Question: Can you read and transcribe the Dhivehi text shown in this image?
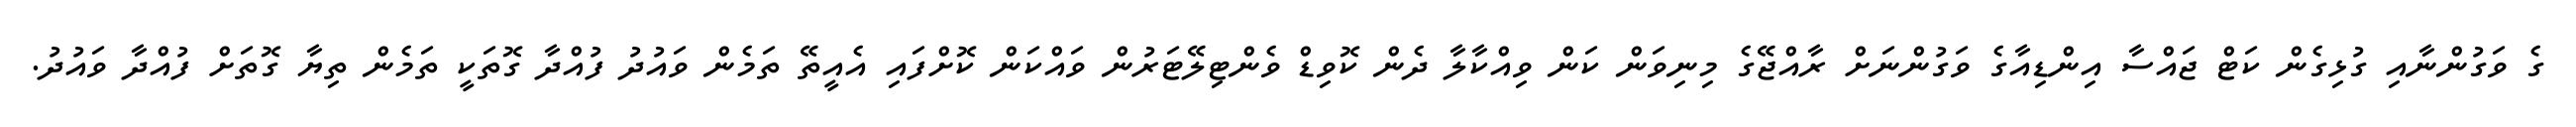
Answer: ގެ ވަގުންނާއި ގުޅިގެން ކަޓް ޖައްސާ އިންޑިއާގެ ވަގުންނަށް ރާއްޖޭގެ މިނިވަން ކަން ވިއްކާލާ ދެން ކޮވިޑް ވެންޓިލޭޓަރުން ވައްކަން ކޮށްފައި އެއީތޭ ތަމެން ވައުދު ފުއްދާ ގޮތަކީ ތަމެން ތިޔާ ގޮތަށް ފުއްދާ ވައުދު.